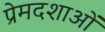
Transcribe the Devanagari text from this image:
प्रेमदशाओं